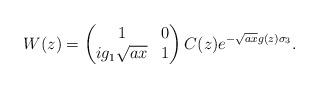
LaTeX: \begin{align*}W(z) = \begin{pmatrix}1 & 0 \\ ig_{1} \sqrt{ax} & 1\end{pmatrix} C(z) e^{-\sqrt{ax}g(z)\sigma_{3}}.\end{align*}